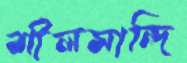
শীলমান্দি